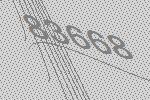
83668